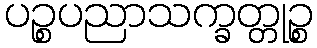
ပဉ္စပညာသက္ခတ္တုဉ္စ